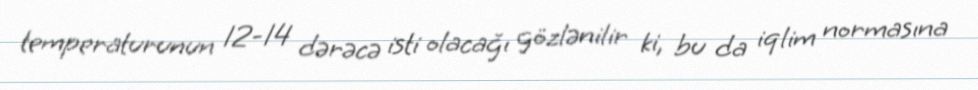
temperaturunun 12-14 dərəcə isti olacağı gözlənilir ki, bu da iqlim normasına